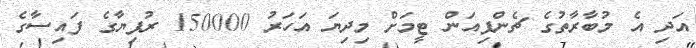
އަދި އެ މުބާރާތުގެ ޗެންޕިއަން ޓީމަށް މިދިޔަ އަހަރު 150000 ރުފިޔާގެ ފައިސާގެ